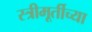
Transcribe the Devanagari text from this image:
स्त्रीमूर्तीच्या